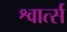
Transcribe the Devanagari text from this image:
श्वार्त्स